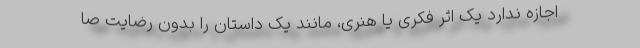
اجازه ندارد یک اثر فکری یا هنری، مانند یک داستان را بدون رضایت صا